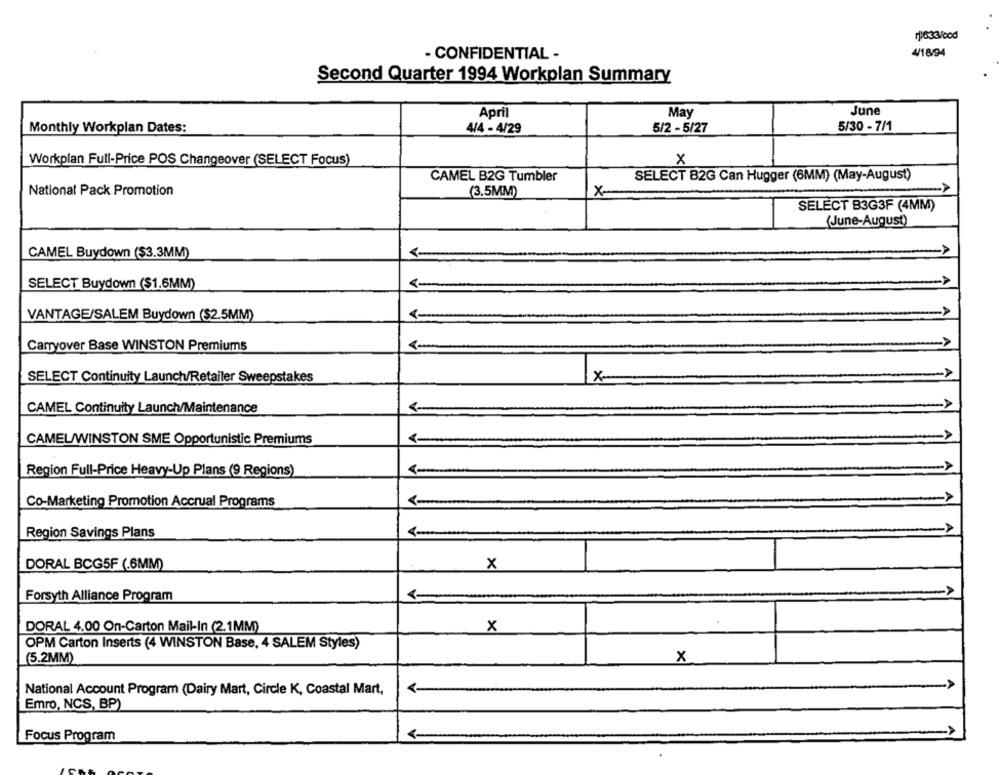
1:633/cod
4/18/94
- CONFIDENTIAL -
Second Quarter 1994 Workplan Summary
April
May
June
Monthly Workplan Dates:
4/4 - 4/29
5/2 - 5/27
5/30 - 7/1
Workplan Full-Price POS Changeover (SELECT Focus)
x
CAMEL B2G Tumbler
SELECT B2G Can Hugger (6MM) (May-August)
National Pack Promotion
(3.5MM)
X-
->
SELECT B3G3F (4MM)
(June-August)
CAMEL Buydown ($3.3MM)
SELECT Buydown ($1.6MM)
VANTAGE/SALEM Buydown ($2.5MM)
Carryover Base WINSTON Premiums
<-
SELECT Continuity Launch/Retailer Sweepstakes
X-
CAMEL Continuity Launch/Maintenance
CAMEL/WINSTON SME Opportunistic Premiums
Region Full-Price Heavy-Up Plans (9 Regions)
Co-Marketing Promotion Accrual Programs
Region Savings Plans
DORAL BCG5F (.6MM)
x
Forsyth Alliance Program
<-
DORAL 4.00 On-Carton Mail-In (2.1MM)
x
OPM Carton Inserts (4 WINSTON Base, 4 SALEM Styles)
(5.2MM)
x
-
National Account Program (Dairy Mart, Circle K, Coastal Mart,
Emro, NCS, BP)
A
Focus Program